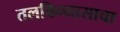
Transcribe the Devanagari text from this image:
तलविन्यासाचा